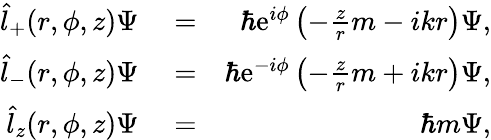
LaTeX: \begin{array}{rlr}{\hat{l}_{+}(r,\phi,z)\Psi}&{{}=}&{\hbar\mathrm{e}^{i\phi}\left(-\frac{z}{r}m-ikr\right)\Psi,}\\ {\hat{l}_{-}(r,\phi,z)\Psi}&{{}=}&{\hbar\mathrm{e}^{-i\phi}\left(-\frac{z}{r}m+ikr\right)\Psi,}\\ {\hat{l}_{z}(r,\phi,z)\Psi}&{{}=}&{\hbar m\Psi,}\end{array}